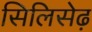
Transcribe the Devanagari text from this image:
सिलिसेढ़